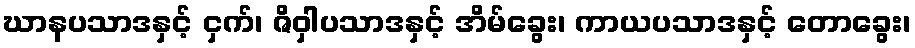
ဃာနပသာဒနှင့် ငှက်၊ ဇိဝှါပသာဒနှင့် အိမ်ခွေး၊ ကာယပသာဒနှင့် တောခွေး၊